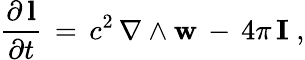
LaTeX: \frac{\partial\, {\mathbf l}}{\partial t}\, =\, c^{2}\, \nabla\wedge{\mathbf w}\, -\, 4\pi\, {\mathbf I}\; ,